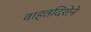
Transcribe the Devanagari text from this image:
वाहतदिशेने